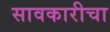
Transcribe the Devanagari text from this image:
सावकारीचा